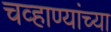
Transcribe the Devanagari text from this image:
चव्हाण्यांच्या